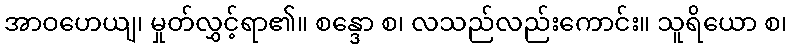
အာဝဟေယျ၊ မှုတ်လွှင့်ရာ၏။ စန္ဒော စ၊ လသည်လည်းကောင်း။ သူရိယော စ၊